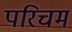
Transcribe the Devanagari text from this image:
परिचम